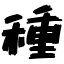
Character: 種